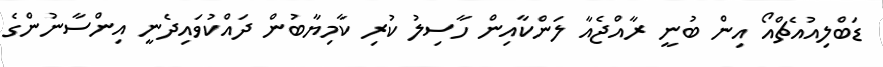
ޑަބްލިއުއެޗްއޯ އިން ބުނީ ރާއްޖެއާ ލަންކާއިން ހާސިލު ކުރި ކާމިޔާބުން ދައްކުވައިދެނީ އިންސާނުންގެ